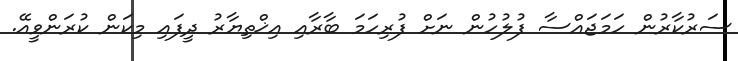
ސަރުކާރުން ހަމަޖައްސާ ފުުލުހުން ނަށް ފުރިހަމަ ބާރާއި އިޚްތިޔާރު ދީފައި މިކަން ކުރަންވީއޭ.